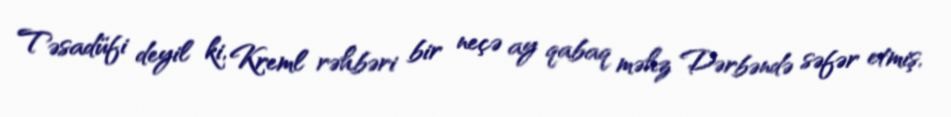
Təsadüfi deyil ki, Kreml rəhbəri bir neçə ay qabaq məhz Dərbəndə səfər etmiş,